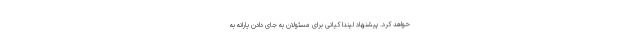
خواهد کرد. پیشنهاد لیندا کیانی برای مسئولان به جای دادن یارانه به